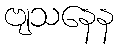
ဗျသနေန